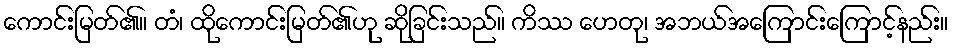
ကောင်းမြတ်၏။ တံ၊ ထိုကောင်းမြတ်၏ဟု ဆိုခြင်းသည်။ ကိဿ ဟေတု၊ အဘယ်အကြောင်းကြောင့်နည်း။